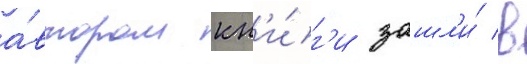
а́втором кн'и́г'и зашл'и́ в